Report of the Imperial Institute of Veterinary Research, Muktesar
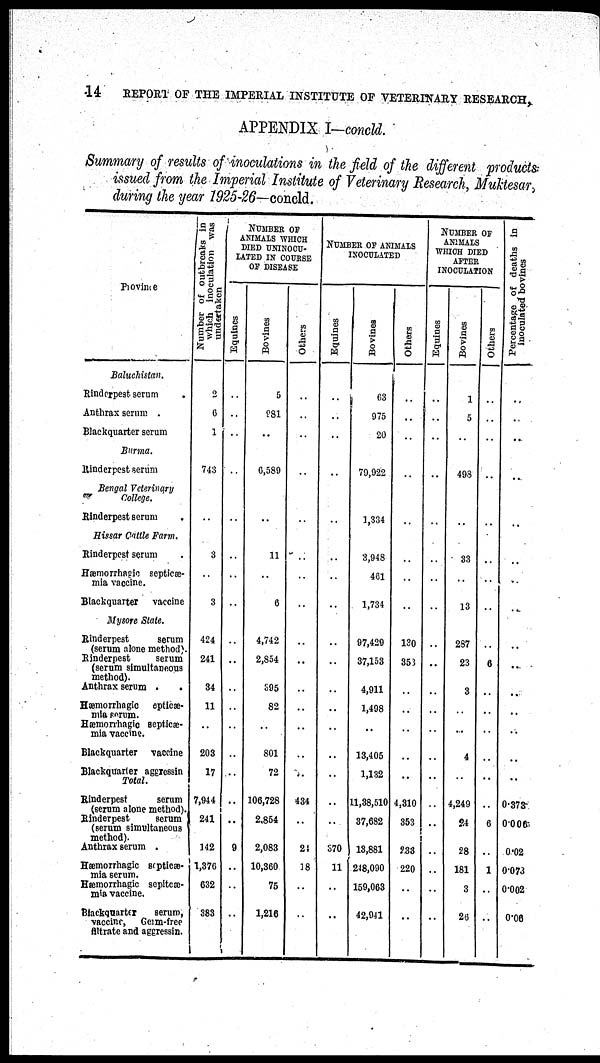
14
REPORT OF THE IMPERIAL INSTITUTE OF VETERINARY RESEARCH,.
APPENDIX I-concld.
Summary of results of inoculations in the field of the different products
issued from the Imperial Institute of Veterinary Research, Muktesar,
during the year 1925-26-concld.
Province
Baluchistan.
Rinderpest serum
.
Anthrax serum .
Blackquarter serum
Burma.
Rinderpest serum
Bengal Veterinary
College.
Rinderpest serum
Hissar Cattle Farm.
Rinderpest serum
Hæmorrhagic septicæ¬
mia vaccine.
Blackquarter
vaccine
Mysore State.
Rinderpest
serum
(serum alone method).
Rinderpest
serum
(serum simultaneous
method).
Anthrax serum
.
.
Hæmorrhagic epticæ¬
mia serum.
Hæmorrhagic septicæ-
mia vaccine.
Blackquarter
vaccine
Blackquarter aggressin
Total.
Rinderpest
serum
(serum alone method).
Rinderpest
serum
(serum simultaneous
method).
Anthrax serum .
Hæmorrhagic septicæ-
mia serum.
Hæmorrhagic sepitcæ-
mia vaccine.
Blackquarter
serum,
vaccine,
Germ-free
filtrate and aggressin.
Number of outbreaks in
which inoculation was
undertaken
2
6
1
743
3
3
424
241
34
11
203
17
7,944
241
142
1,376
632
383
NUMBER OF
ANIMALS WHICH
DIED UNINOCU¬
LATED IN COURSE
OF DISEASE
Equines
9
Bovines
5
981
..
6,589
..
11
6
4,742
2,854
395
82
801
72
106,728
2,854
2,083
10,360
75
1,216
Others
..
434
24
18
NUMBER OF ANIMALS
INOCULATED
NUMBER OF
ANIMALS
WHICH DIED
AFTER
INOCULATION
Equines
Bovines
..
63
..
..
..
..
370
11
975
20
79,922
1,334
3,948
461
1,734
97,429
37,153
4,911
1,498
13,405
1,132
11,38,510
37,682
13,881
248,090
159,063
42,941
Others
130
358
4,310
353
233
220
..
Equines
Bovines
1
5
498
33
13
287
23
3
..
4
4,249
24
28
181
3
26
Others
6
6
1
Percentage of deaths in
inoculated bovines
0.373
0.06
0.02
0.073
0.002
0.06